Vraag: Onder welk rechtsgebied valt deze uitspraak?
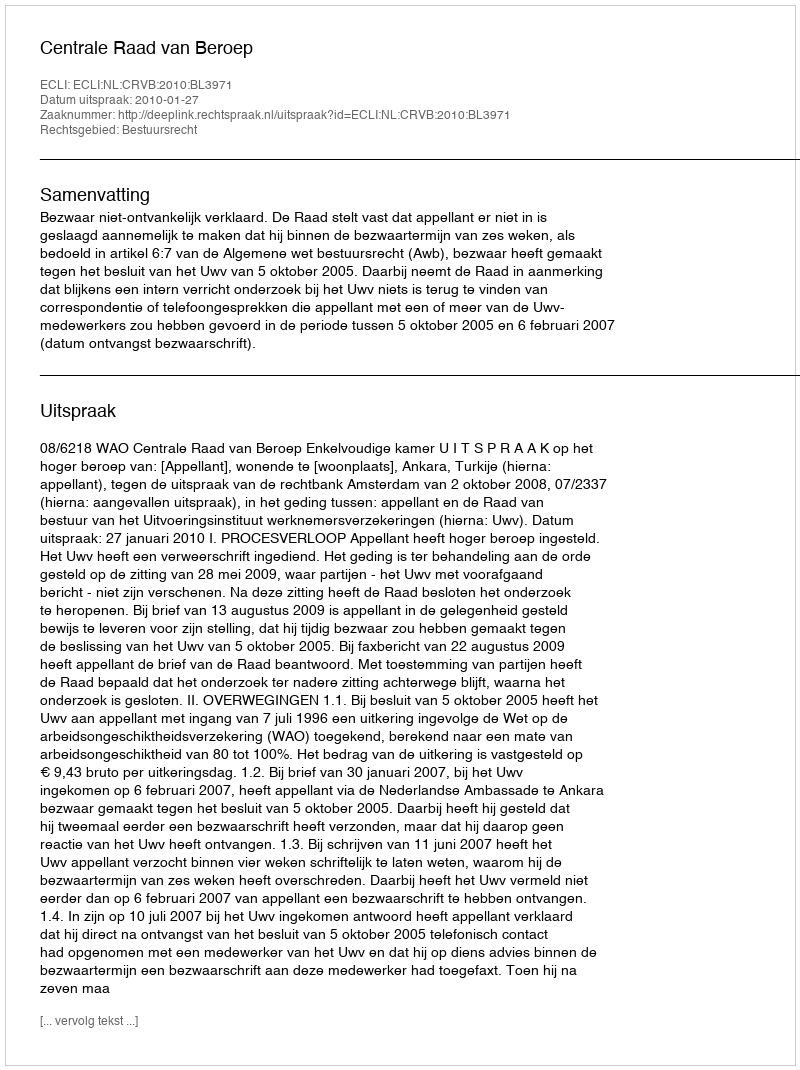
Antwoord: Bestuursrecht